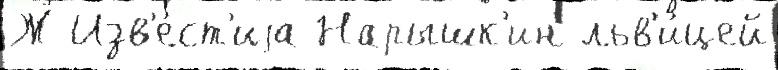
Ж Изв'е́ст'иjа Нарышк'ин льв'и́цей